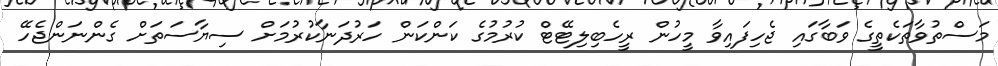
މަސްތުވާތަކެތީގެ ވަބާގައި ޖެހިފައިވާ މީހުން ރީހެބިލިޓޭޓް ކުރުމުގެ ކަންކަން ހަރުދަނާކުރުމަށް ސިޔާސަތަށް ގެންނަންޖެހޭ